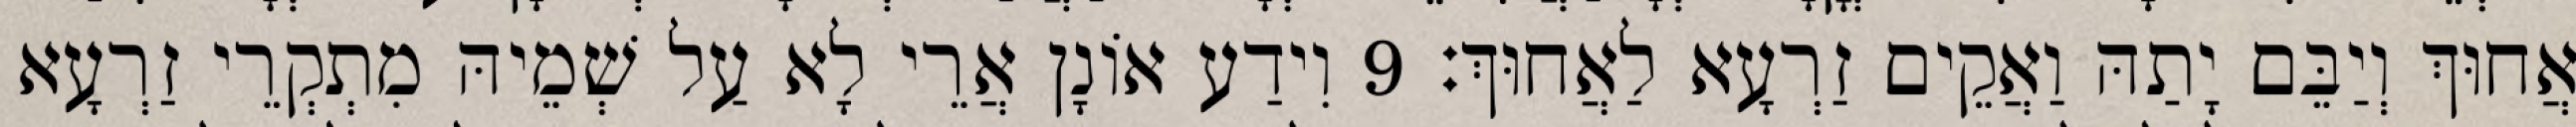
אֲחוּךְ וְיַבֵּם יָתַהּ וַאֲקֵים זַרְעָא לַאֲחוּךְ׃ 9 וִידַע אוֹנָן אֲרֵי לָא עַל שְׁמֵיהּ מִתְקְרֵי זַרְעָא